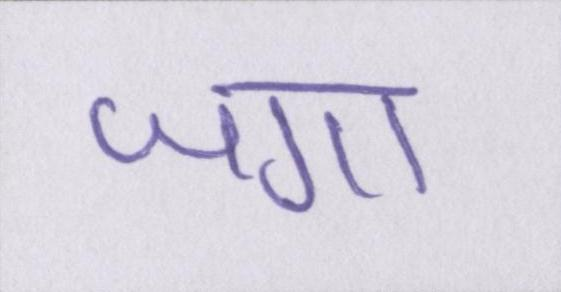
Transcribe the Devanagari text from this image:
जगा